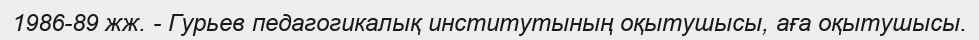
1986-89 жж. - Гурьев педагогикалық институтының оқытушысы, аға оқытушысы.